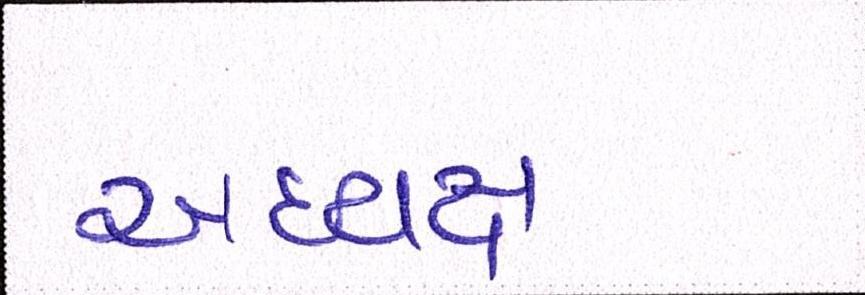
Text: અધ્યક્ષ